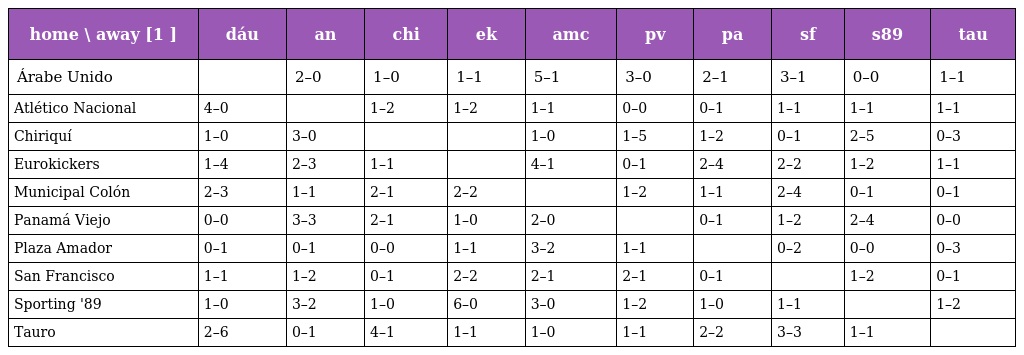
| home \ away [1 ] | dáu | an | chi | ek | amc | pv | pa | sf | s89 | tau |
 | --- | --- | --- | --- | --- | --- | --- | --- | --- | --- | --- |
 | Árabe Unido |  | 2–0 | 1–0 | 1–1 | 5–1 | 3–0 | 2–1 | 3–1 | 0–0 | 1–1 |
 | Atlético Nacional | 4–0 |  | 1–2 | 1–2 | 1–1 | 0–0 | 0–1 | 1–1 | 1–1 | 1–1 |
 | Chiriquí | 1–0 | 3–0 |  |  | 1–0 | 1–5 | 1–2 | 0–1 | 2–5 | 0–3 |
 | Eurokickers | 1–4 | 2–3 | 1–1 |  | 4–1 | 0–1 | 2–4 | 2–2 | 1–2 | 1–1 |
 | Municipal Colón | 2–3 | 1–1 | 2–1 | 2–2 |  | 1–2 | 1–1 | 2–4 | 0–1 | 0–1 |
 | Panamá Viejo | 0–0 | 3–3 | 2–1 | 1–0 | 2–0 |  | 0–1 | 1–2 | 2–4 | 0–0 |
 | Plaza Amador | 0–1 | 0–1 | 0–0 | 1–1 | 3–2 | 1–1 |  | 0–2 | 0–0 | 0–3 |
 | San Francisco | 1–1 | 1–2 | 0–1 | 2–2 | 2–1 | 2–1 | 0–1 |  | 1–2 | 0–1 |
 | Sporting '89 | 1–0 | 3–2 | 1–0 | 6–0 | 3–0 | 1–2 | 1–0 | 1–1 |  | 1–2 |
 | Tauro | 2–6 | 0–1 | 4–1 | 1–1 | 1–0 | 1–1 | 2–2 | 3–3 | 1–1 |  |